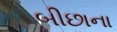
બીછાના